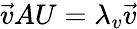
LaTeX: \vec{v}AU=\lambda_{v}\vec{v}